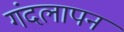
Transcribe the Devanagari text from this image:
गंदलापन